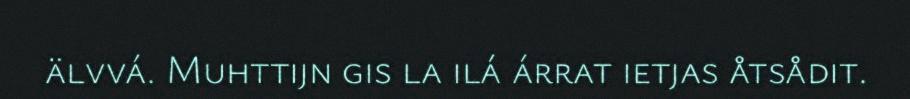
älvvá. Muhttijn gis la ilá árrat ietjas åtsådit.